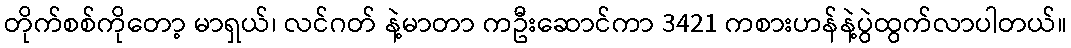
တိုက်စစ်ကိုတော့ မာရှယ်၊ လင်ဂတ် နဲ့မာတာ ကဦးဆောင်ကာ 3421 ကစားဟန်နဲ့ပွဲထွက်လာပါတယ်။